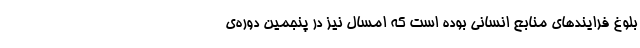
بلوغ فرایندهای منابع انسانی بوده است که امسال نیز در پنجمین دوره‌ی